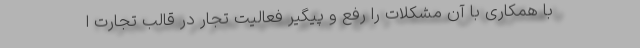
با همکاری با آن مشکلات را رفع و پیگیر فعالیت تجار در قالب تجارت ا